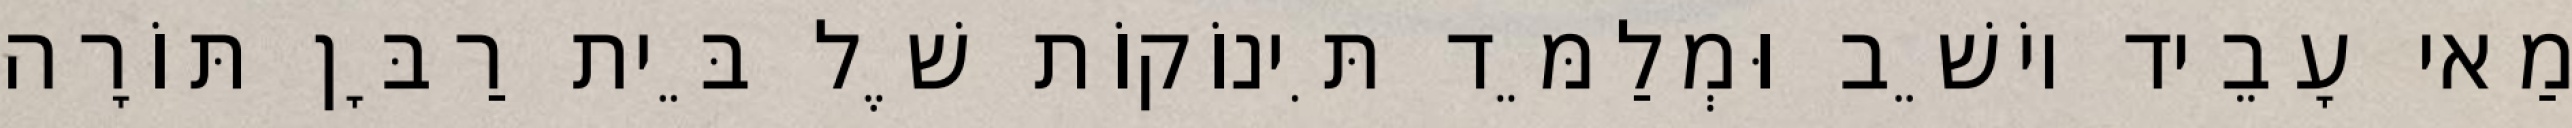
מַאי עָבֵיד יוֹשֵׁב וּמְלַמֵּד תִּינוֹקוֹת שֶׁל בֵּית רַבָּן תּוֹרָה